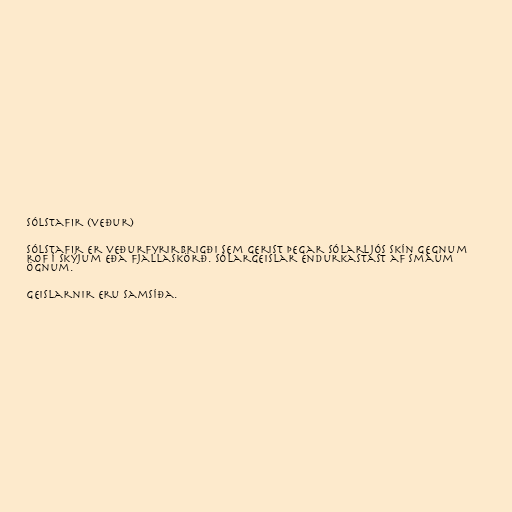
Sólstafir (veður)

Sólstafir er veðurfyrirbrigði sem gerist þegar sólarljós skín gegnum
rof í skýjum eða fjallaskörð. Sólargeislar endurkastast af smáum
ögnum.

Geislarnir eru samsíða.